Indian journal of veterinary science and animal husbandry - Volume 4,
Year: 1934
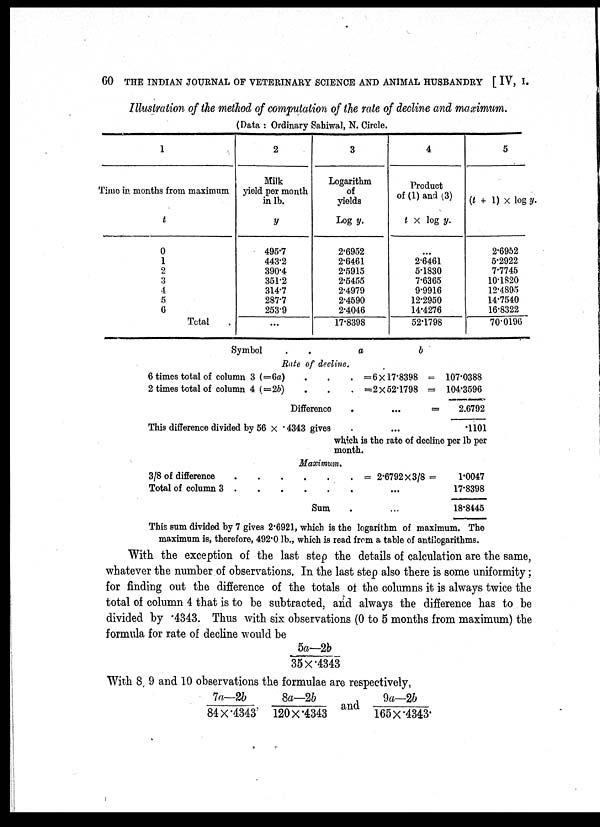
60 THE INDIAN JOURNAL OF VETERINARY SCIENCE AND ANIMAL HUSBANDRY [ IV, I.
Illustration of the method of computation of the rate of decline and maximum.
(Data : Ordinary Sahiwal, N. Circle.
1
Time in. months from maximum
t
0
1
2
3
4
5
6
Total
2
Milk
yield per month
in lb.
y
495.7
443.2
390.4
351.2
314.7
287.7
253.9
...
3
Logarithm
of
yields
Log y.
2.6952
2.6461
2.5915
2.5455
2.4979
2.4590
2.4046
17.8398
4
Product
of (1) and (3)
t × log y.
...
2.6461
5.1830
7.6365
9.9916
12.2950
14.4276
52.1798
5
(t + 1) x log y.
2.6952
5.2922
7.7745
10.1820
12.4895
14.7540
16.8322
70.0196
Symbol
a
Rate of decline.
6 times total of column 3 (=6a)
.
.
.
2 times total of column 4
(=2b)
.
.
.
Difference
.
This difference divided by 56 × .4343 gives
b
=6×17.8398 =
=2×52.1798 =
=
...
107.0388
104.3596
2.6792
.1101
which is the rate of decline 5 per lb per
month.
Maximum.
3/8 of difference
.
.
.
.
.
.
Total of column 3 . . . . . .
Sum .
= 2.6792×3/8 =
...
...
1.0047
17.8398
18.8445
This sum divided by 7 gives 2.6921, which is the logarithm of maximum. The
maximum is, therefore, 492.0 lb., which is read from a table of antilogarithms.
With the exception of the last step the details of calculation are the same,
whatever the number of observations. In the last step also there is some uniformity;
for finding out the difference of the totals of the columns it is always twice the
total of column 4 that is to be subtracted, and always the difference has to be
divided by .4343. Thus with six observations (0 to 5 months from maximum) the
formula for rate of decline would be
5a—2b/35
×.4343
With 8, 9 and 10 observations the formulae are respectively,
7a—2b / 84 ×.4343 8a—2b / 120 × .4343 and 9a—2b / 165 × .4343.